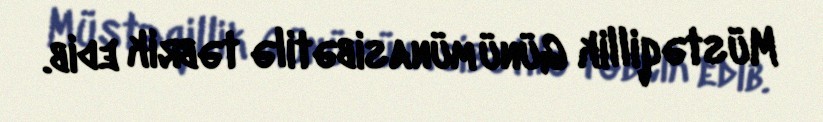
Müstəqillik Günü münasibətilə təbrik edib.